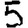
Digit: 5